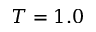
T = 1 . 0